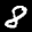
Label: 8